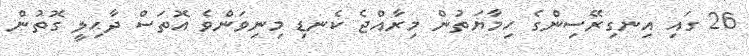
26 ގައި އިނގިރޭސިންގެ ހިމާޔަތުން މިރާއްޖެ ކެނޑި މިނިވަންވެ އޮތަސް ދާޙިލީ ގޮތުން